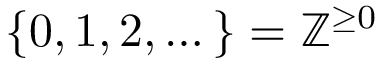
\{ 0 , 1 , 2 , \dots \} = \mathbb { Z } ^ { \geq 0 }